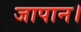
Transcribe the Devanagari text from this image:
जापान।